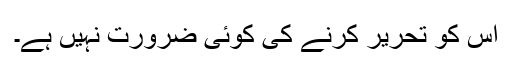
اس کو تحریر کرنے کی کوئی ضرورت نہیں ہے۔